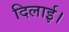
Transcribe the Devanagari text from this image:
दिलार्इ।